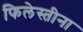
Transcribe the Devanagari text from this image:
फिलेस्तीना